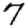
Digit: 7